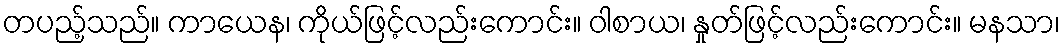
တပည့်သည်။ ကာယေန၊ ကိုယ်ဖြင့်လည်းကောင်း။ ဝါစာယ၊ နှုတ်ဖြင့်လည်းကောင်း။ မနသာ၊